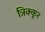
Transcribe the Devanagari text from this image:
त्रिक्कूर